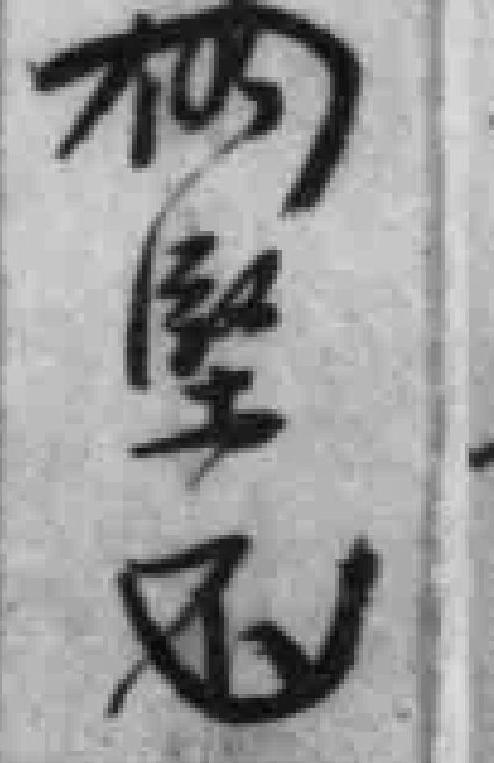
*堅不